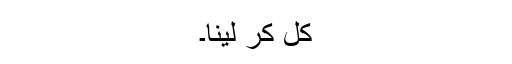
کل کر لینا۔